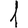
Digit: 1